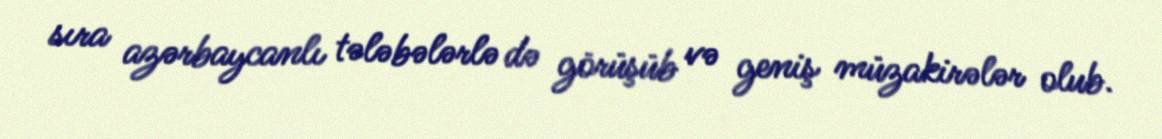
sıra azərbaycanlı tələbələrlə də görüşüb və geniş müzakirələr olub.